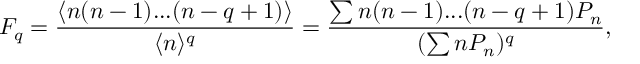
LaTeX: F _ { q } = \frac { \langle n ( n - 1 ) . . . ( n - q + 1 ) \rangle } { \langle n \rangle ^ { q } } = \frac { \sum n ( n - 1 ) . . . ( n - q + 1 ) P _ { n } } { ( \sum n P _ { n } ) ^ { q } } ,